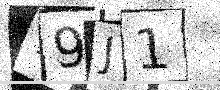
Text: 19J1